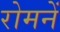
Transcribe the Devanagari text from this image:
रोमनें